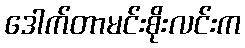
ဒေါက်တာမင်းစိုးလင်းက